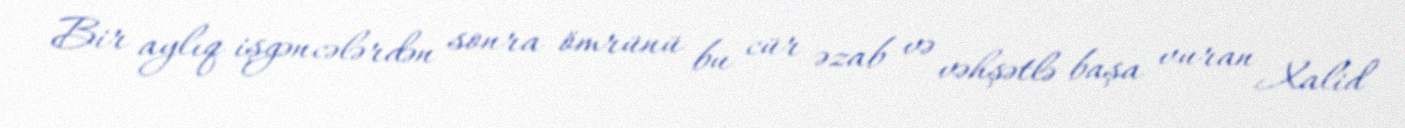
Bir aylıq işgəncələrdən sonra ömrünü bu cür əzab və vəhşətlə başa vuran Xalid